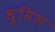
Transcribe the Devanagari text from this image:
धुमिल